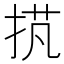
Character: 𢭾